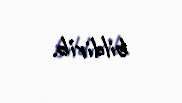
bildirib.